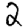
Digit: 2